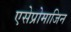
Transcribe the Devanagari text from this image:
एसेप्रोमाजिन